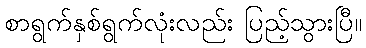
စာရွက်နှစ်ရွက်လုံးလည်း ပြည့်သွားပြီ။